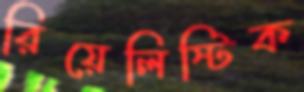
রিয়েলিস্টিক